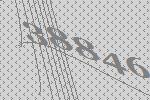
38846